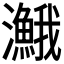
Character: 𤄣